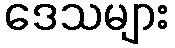
ဒေသများ